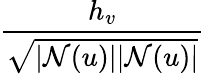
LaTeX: \frac{h_{v}}{\sqrt{|\mathcal{N}(u)||\mathcal{N}(u)|}}